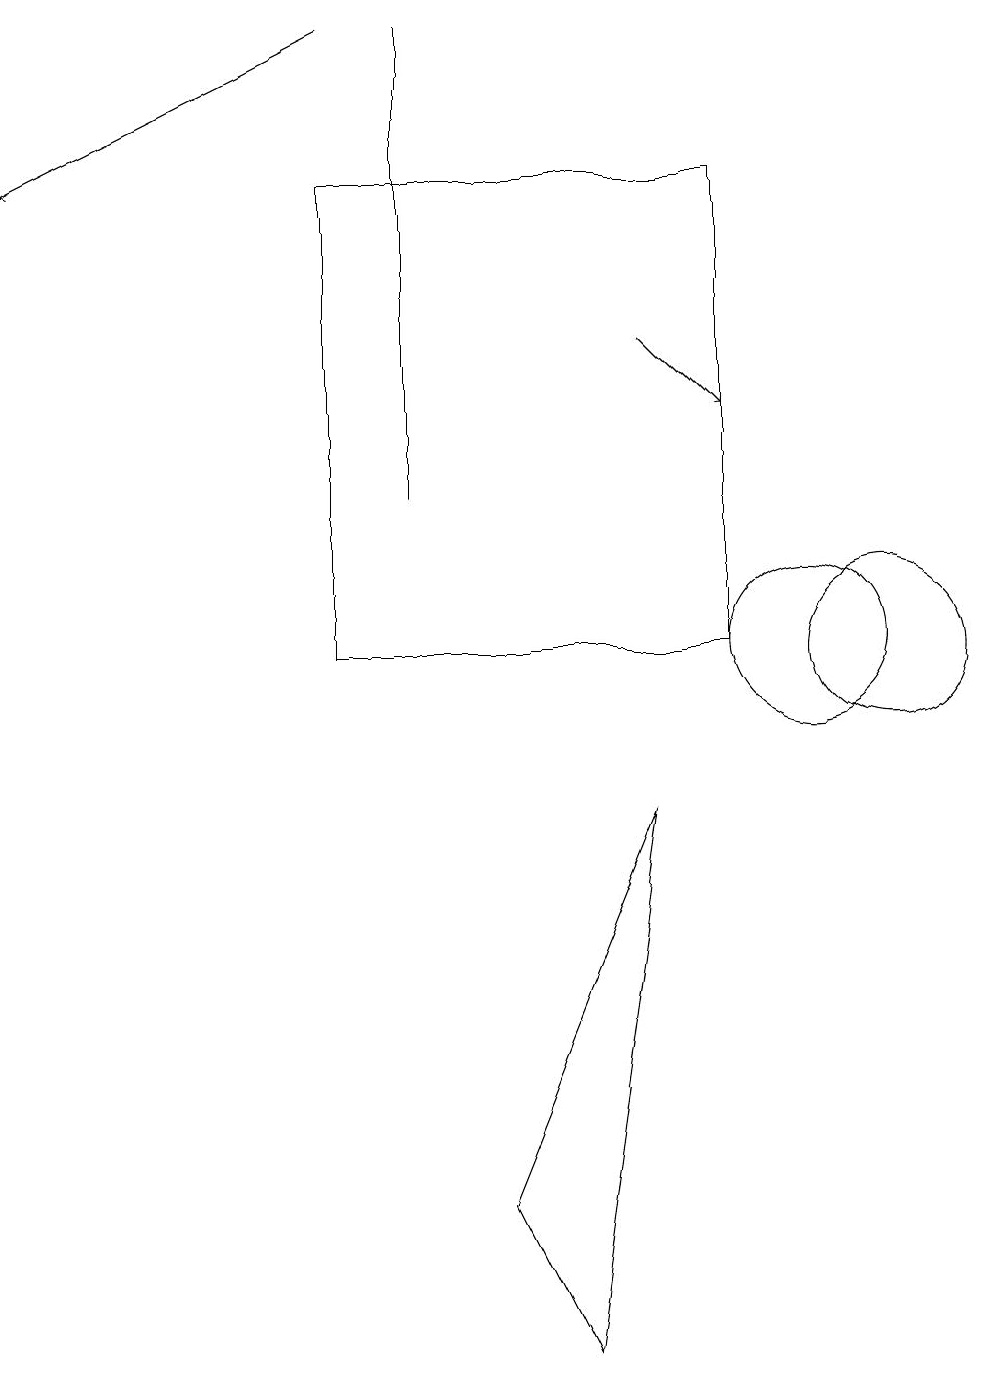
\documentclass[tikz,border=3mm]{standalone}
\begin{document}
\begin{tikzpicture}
\draw[->] (8,15) -- (9,14);
\draw (6,4) -- (8,9) -- (7,2) -- cycle;
\draw (4,11) rectangle (9,17);
\draw[->] (4,19) -- (0,17);
\draw (5,19) rectangle (5,13);
\draw (11,11) circle (1);
\draw (10,11) circle (1);
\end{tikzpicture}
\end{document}